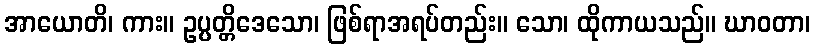
အာယောတိ၊ ကား။ ဥပ္ပတ္တိဒေသော၊ ဖြစ်ရာအရပ်တည်း။ သော၊ ထိုကာယသည်။ ဃာဝတာ၊